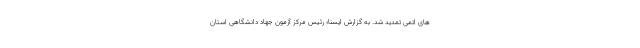
های اتمی تمدید شد. به گزارش ایسنا؛ رئیس مرکز آزمون جهاد دانشگاهی استان